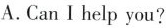
A.Can I help you?